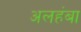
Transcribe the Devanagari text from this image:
अलहंबा